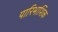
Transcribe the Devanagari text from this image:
पारिभाशिक